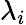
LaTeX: \lambda_{i}